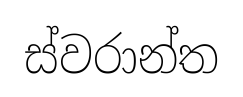
ස්වරාන්ත